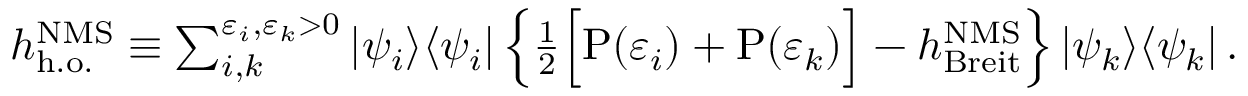
\begin{array} { r } { h _ { \mathrm { h . o . } } ^ { \mathrm { N M S } } \equiv \sum _ { i , k } ^ { \varepsilon _ { i } , \varepsilon _ { k } > 0 } | \psi _ { i } \rangle \langle \psi _ { i } | \left\{ \frac { 1 } { 2 } \Big [ \mathrm { P } ( \varepsilon _ { i } ) + \mathrm { P } ( \varepsilon _ { k } ) \Big ] - h _ { \mathrm { B r e i t } } ^ { \mathrm { N M S } } \right\} | \psi _ { k } \rangle \langle \psi _ { k } | \, . } \end{array}